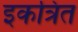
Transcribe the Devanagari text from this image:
इकत्रित